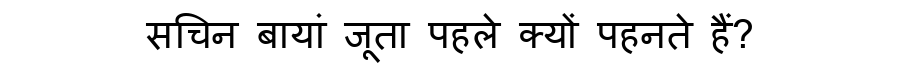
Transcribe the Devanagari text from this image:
सचिन बायां जूता पहले क्यों पहनते हैं?